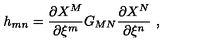
h _ { m n } = \frac { \partial X ^ { M } } { \partial \xi ^ { m } } G _ { M N } \frac { \partial X ^ { N } } { \partial \xi ^ { n } } \ ,